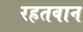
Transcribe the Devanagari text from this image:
रहतवान